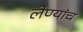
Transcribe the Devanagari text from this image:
लेण्यांच